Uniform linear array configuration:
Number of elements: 24
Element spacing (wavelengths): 0.5
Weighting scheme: uniform
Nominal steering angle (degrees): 15
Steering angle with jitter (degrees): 15.464
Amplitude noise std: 0.05
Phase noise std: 0.05

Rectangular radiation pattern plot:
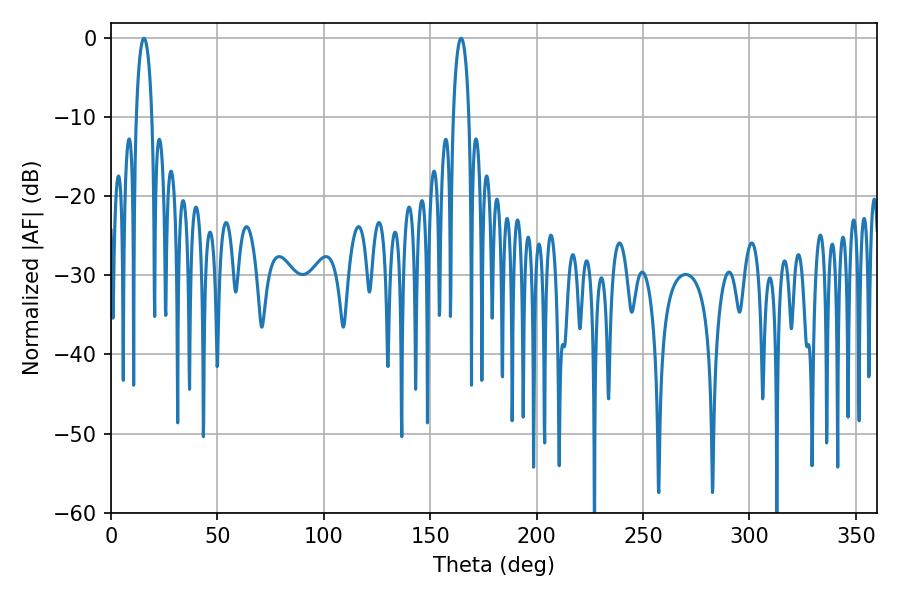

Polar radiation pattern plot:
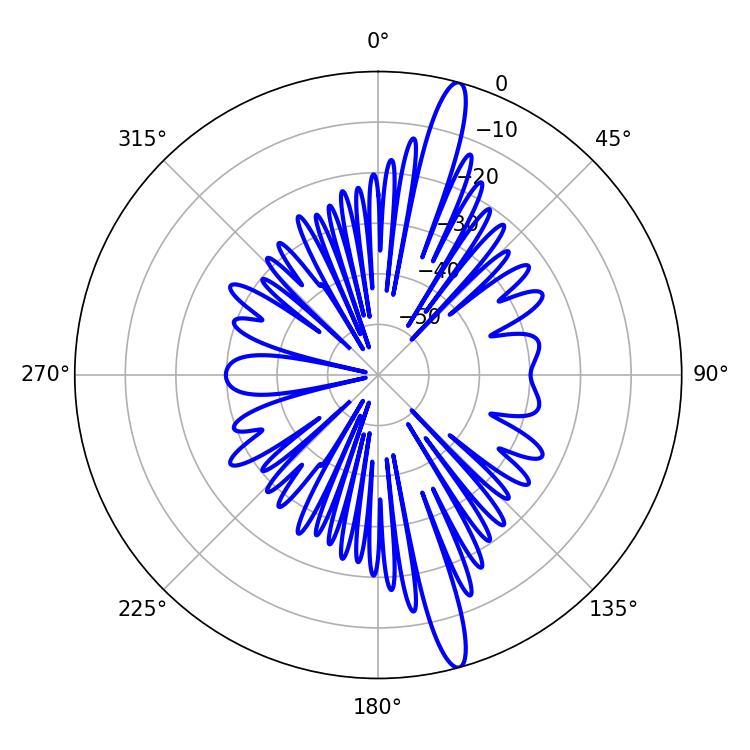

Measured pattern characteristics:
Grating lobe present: FALSE
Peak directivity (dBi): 16.303
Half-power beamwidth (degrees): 4.32
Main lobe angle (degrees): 15.48